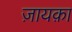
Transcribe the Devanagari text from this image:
ज़ायक़ा